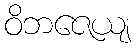
ဝိဘဇေယျ